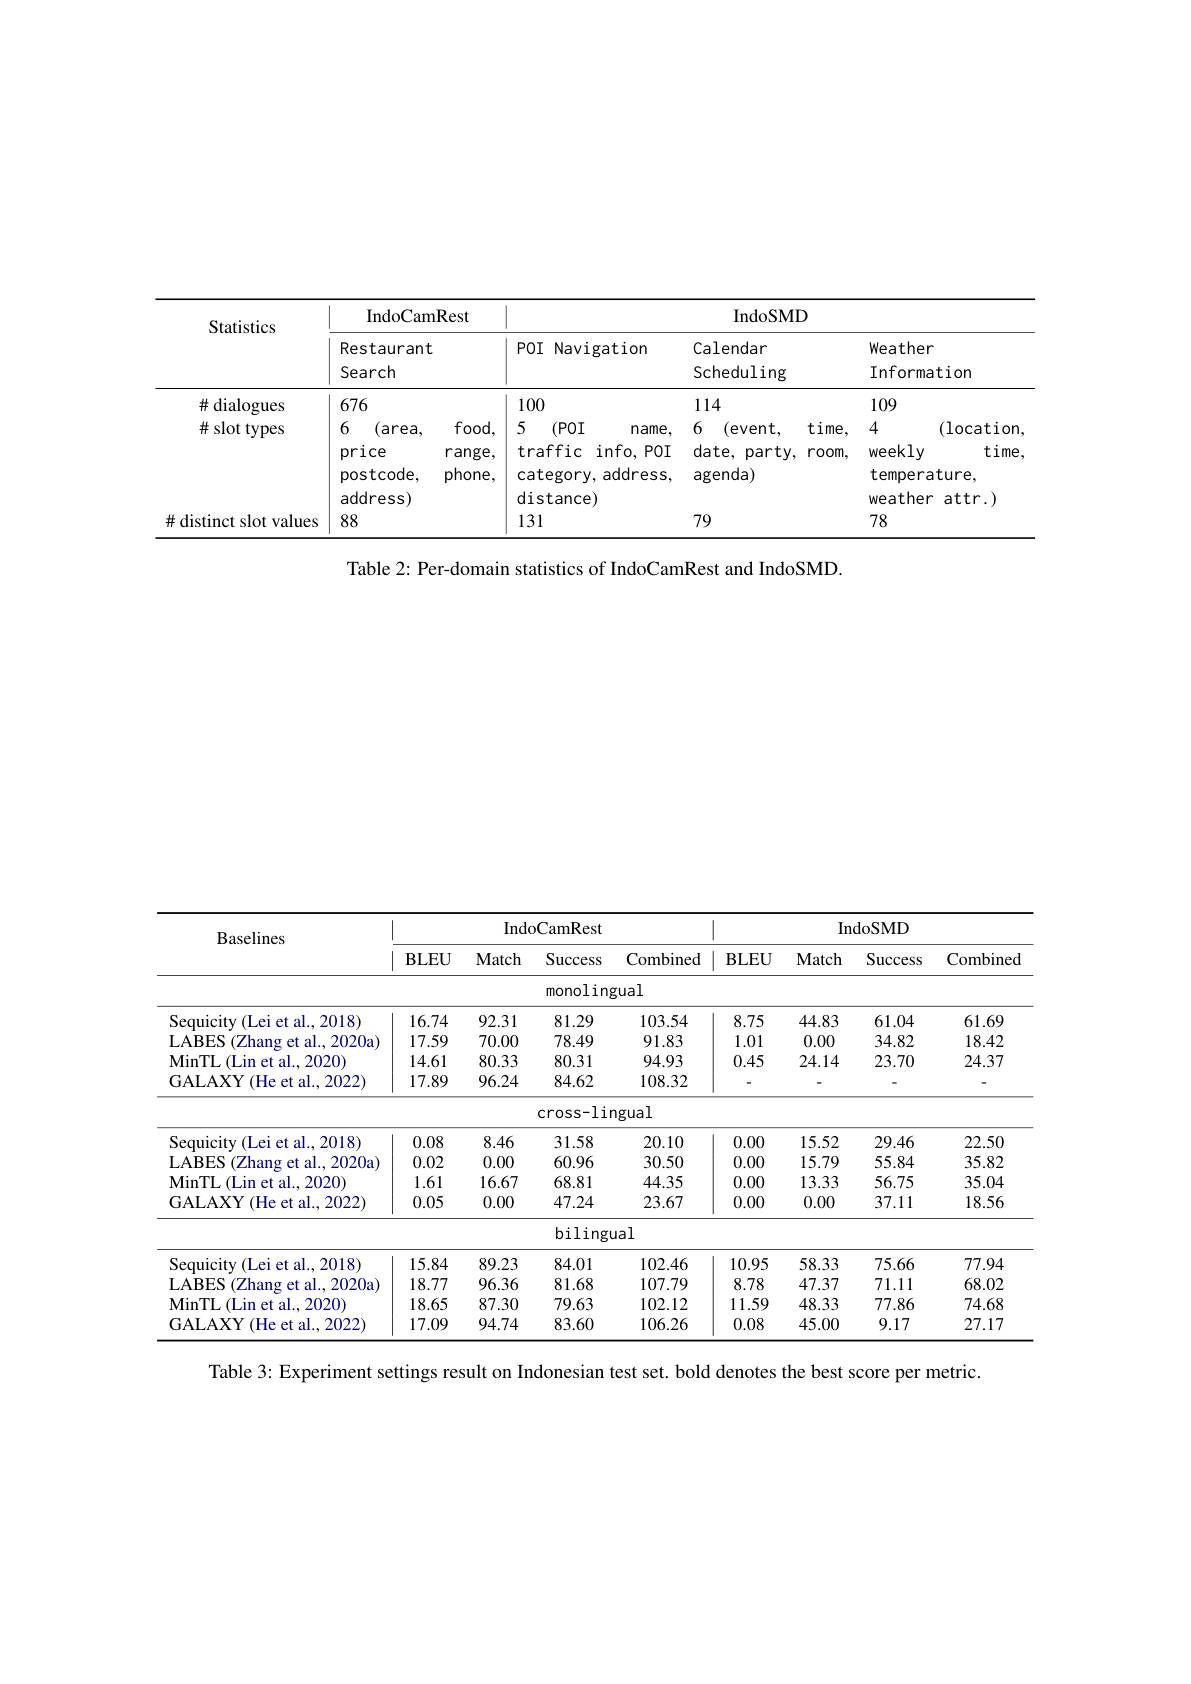
<table>
	<tbody>
		<tr>
			<th rowspan="2">Statistics</th>
			<th rowspan="2">IndoCamRest Restaurant Search</th>
			<th colspan="3">IndoSMD</th>
		</tr>
		<tr>
			<th>$POI$ Navigation</th>
			<th>Calendar Scheduling</th>
			<th>Weather Information</th>
		</tr>
		<tr>
			<td>$\#$dialogues</td>
			<td>676</td>
			<td>100</td>
			<td>114</td>
			<td>109</td>
		</tr>
		<tr>
			<td>$\#$dialogues $\#$ slot types</td>
			<td>676 6 (area, foor price rang phoni postcode, address)</td>
			<td>100 5 (POI $name$, traffic info,  POI category, address, distance)</td>
			<td>114 6 (event, $time$, date, party, room, agenda)</td>
			<td>109 4 (1ocation weekly $time.$ temperature, weather attr.)</td>
		</tr>
		<tr>
			<td>$\#$ distinct slot values</td>
			<td>88</td>
			<td>131</td>
			<td>79</td>
			<td>78</td>
		</tr>
	</tbody>
</table>

Table 2: Per-domain statistics of IndoCamRest and IndoSMD.

<table>
	<tbody>
		<tr>
			<th rowspan="2">Baselines</th>
			<th colspan="4">IndoCamRest</th>
			<th> </th>
			<th colspan="3">IndoSMD</th>
		</tr>
		<tr>
			<th>$BLEU$</th>
			<th>Match</th>
			<th>Success</th>
			<th>Combined</th>
			<th>BLEU</th>
			<th>$\mathbf{Match}$</th>
			<th>Success</th>
			<th>Combined</th>
		</tr>
		<tr>
			<td> </td>
			<td> </td>
			<td> </td>
			<td>monoling</td>
			<td>$5ual$</td>
			<td> </td>
			<td> </td>
			<td> </td>
			<td> </td>
		</tr>
		<tr>
			<td>Sequicity (Lei et al., 2018)</td>
			<td>16.74</td>
			<td>92.31</td>
			<td>81.29</td>
			<td>103.54</td>
			<td>8.75</td>
			<td>44.83</td>
			<td>61.04</td>
			<td>61.69</td>
		</tr>
		<tr>
			<td>(Zhang et al., 2020a) LABES</td>
			<td>17.59</td>
			<td>70.00</td>
			<td>78.49</td>
			<td>91.83</td>
			<td>1.01</td>
			<td>0.00</td>
			<td>34.82</td>
			<td>18.42</td>
		</tr>
		<tr>
			<td>MinTL ( Lin et al. ,  2020) </td>
			<td>14.61</td>
			<td>80.33</td>
			<td>80.31</td>
			<td>94.93</td>
			<td>0.45</td>
			<td>24.14</td>
			<td>23.70</td>
			<td>24.37</td>
		</tr>
		<tr>
			<td>GALAXY ( He et al. ,  2022) </td>
			<td>17.89</td>
			<td>96.24</td>
			<td>84.62</td>
			<td>108.32</td>
			<td> </td>
			<td> </td>
			<td> </td>
			<td> </td>
		</tr>
		<tr>
			<td> </td>
			<td> </td>
			<td> </td>
			<td>$\cos s-1ir$</td>
			<td>ngual</td>
			<td> </td>
			<td> </td>
			<td> </td>
			<td> </td>
		</tr>
		<tr>
			<td>Sequicity (Lei et al., 2018</td>
			<td>0.08</td>
			<td>8.46</td>
			<td>31.58</td>
			<td>20.10</td>
			<td>0.00</td>
			<td>15.52</td>
			<td>29.46</td>
			<td>22.50</td>
		</tr>
		<tr>
			<td>LABES (Zhang et al., 2020a)</td>
			<td>0.02</td>
			<td>0.00</td>
			<td>60.96</td>
			<td>30.50</td>
			<td>0.00</td>
			<td>15.79</td>
			<td>55.84</td>
			<td>35.82</td>
		</tr>
		<tr>
			<td>MinTL ( Lin et al. ,  2020) </td>
			<td>1.61</td>
			<td>16.67</td>
			<td>68.81</td>
			<td>44.35</td>
			<td>0.00</td>
			<td>13.33</td>
			<td>56.75</td>
			<td>35.04</td>
		</tr>
		<tr>
			<td>GALAXY( (He et al., 2022]</td>
			<td>0.05</td>
			<td>0.00</td>
			<td>47.24</td>
			<td>23.67</td>
			<td>0.00</td>
			<td>0.00</td>
			<td>37.11</td>
			<td>18.56</td>
		</tr>
		<tr>
			<td> </td>
			<td> </td>
			<td> </td>
			<td>bilingu</td>
			<td>lal</td>
			<td> </td>
			<td> </td>
			<td> </td>
			<td> </td>
		</tr>
		<tr>
			<td>Sequicity (Lei et al., 2018)</td>
			<td>15.84</td>
			<td>89.23</td>
			<td>84.01</td>
			<td>102.46</td>
			<td>10.95</td>
			<td>58.33</td>
			<td>75.66</td>
			<td>77.94</td>
		</tr>
		<tr>
			<td>(Zhang et al., 2020a) LABES</td>
			<td>18.77</td>
			<td>96.36</td>
			<td>81.68</td>
			<td>107.79</td>
			<td>8.78</td>
			<td>47.37</td>
			<td>71.11</td>
			<td>68.02</td>
		</tr>
		<tr>
			<td>MinTL ( Lin et al. ,  2020) </td>
			<td>18.65</td>
			<td>87.30</td>
			<td>79.63</td>
			<td>102.12</td>
			<td>11.59</td>
			<td>48.33</td>
			<td>77.86</td>
			<td>74.68</td>
		</tr>
		<tr>
			<td>(He et al., 2022) GALAXY</td>
			<td>17.09</td>
			<td>94.74</td>
			<td>83.60</td>
			<td>106.26</td>
			<td>0.08</td>
			<td>45.00</td>
			<td>9.17</td>
			<td>27.17</td>
		</tr>
	</tbody>
</table>

Table 3: Experiment settings result on Indonesian test set. bold denotes the best score per metric.